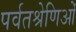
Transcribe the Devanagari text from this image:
पर्वतश्रेणिओं